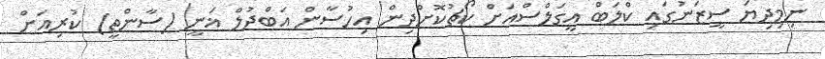
ނިމިދިޔަ ސީޒަނުގައި ކްލަބް އީގަލްސްއަށް ކޯޗުކޮށްދިން އިހުސާން އަބްދުލް ޣަނީ (ސާންތީ) ކުރިއަށް